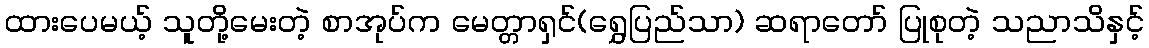
ထားပေမယ့် သူတို့မေးတဲ့ စာအုပ်က မေတ္တာရှင်(ရွှေပြည်သာ) ဆရာတော် ပြုစုတဲ့ သညာသိနှင့်